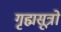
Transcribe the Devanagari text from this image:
गृह्मसूत्रों